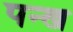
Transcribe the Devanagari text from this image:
पन्ख